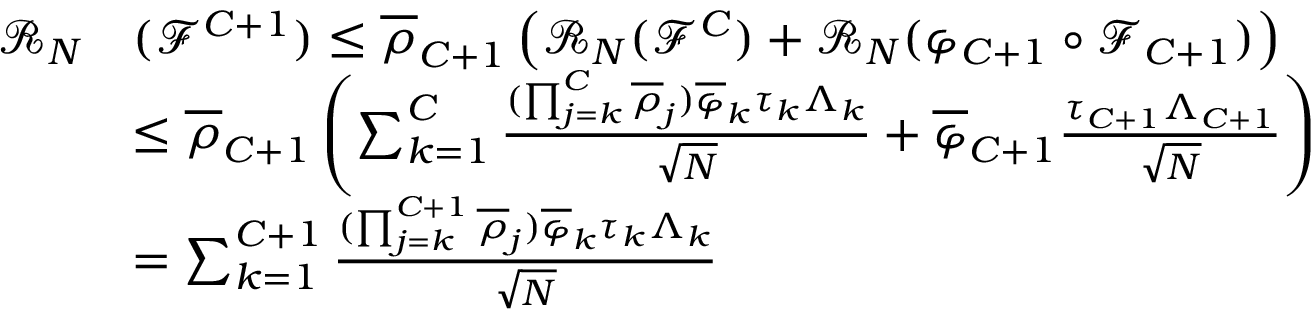
\begin{array} { r l } { \mathcal { R } _ { N } } & { ( \mathcal { F } ^ { C + 1 } ) \leq \overline { { \rho } } _ { C + 1 } \left( \mathcal { R } _ { N } ( \mathcal { F } ^ { C } ) + \mathcal { R } _ { N } ( \varphi _ { C + 1 } \circ \mathcal { F } _ { C + 1 } ) \right) } \\ & { \leq \overline { { \rho } } _ { C + 1 } \left( \sum _ { k = 1 } ^ { C } \frac { ( \prod _ { j = k } ^ { C } \overline { { \rho } } _ { j } ) \overline { { \varphi } } _ { k } \tau _ { k } \Lambda _ { k } } { \sqrt { N } } + \overline { { \varphi } } _ { C + 1 } \frac { \tau _ { C + 1 } \Lambda _ { C + 1 } } { \sqrt { N } } \right) } \\ & { = \sum _ { k = 1 } ^ { C + 1 } \frac { ( \prod _ { j = k } ^ { C + 1 } \overline { { \rho } } _ { j } ) \overline { { \varphi } } _ { k } \tau _ { k } \Lambda _ { k } } { \sqrt { N } } } \end{array}